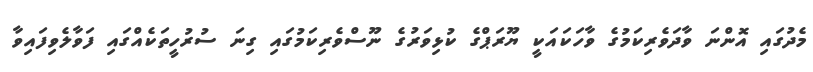
މެދުގައި އޮންނަ ވާދަވެރިކަމުގެ ވާހަކައަކީ ޔޫރަޕްގެ ކުޅިވަރުގެ ނޫސްވެރިކަމުގައި ގިނަ ސުރުހީތަކެއްގައި ފަވާލެވިފައިވާ